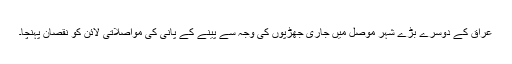
عراق کے دوسرے بڑے شہر موصل میں جاری جھڑپوں کی وجہ سے پینے کے پانی کی مواصلاتی لائن کو نقصان پہنچا۔